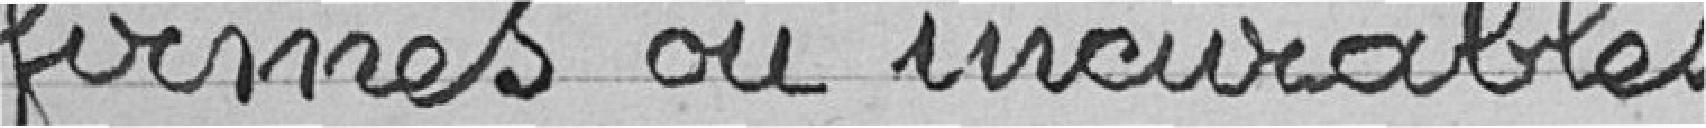
firmes ou incurables